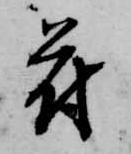
苻